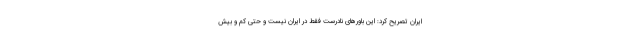
ایران تصریح کرد: این باورهای نادرست فقط در ایران نیست و حتی کم و بیش